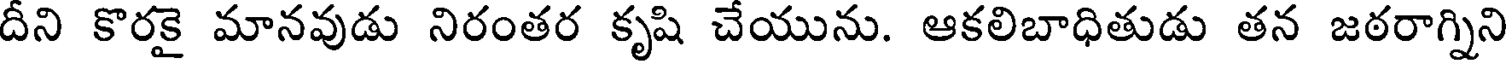
దీని కొరకై మానవుడు నిరంతర కృషి చేయును. ఆకలిబాధితుడు తన జఠరాగ్నిని